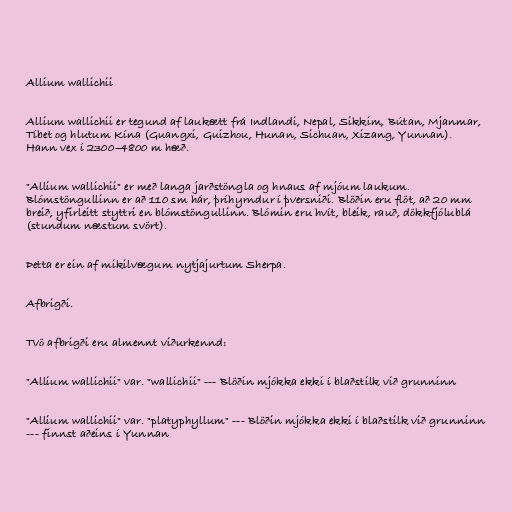
Allium wallichii

Allium wallichii er tegund af laukætt frá Indlandi, Nepal, Sikkim, Bútan, Mjanmar,
Tíbet og hlutum Kína (Guangxi, Guizhou, Hunan, Sichuan, Xizang, Yunnan).
Hann vex í 2300–4800 m hæð.

"Allium wallichii" er með langa jarðstöngla og hnaus af mjóum laukum.
Blómstöngullinn er að 110 sm hár, þríhyrndur í þversniði. Blöðin eru flöt, að 20 mm
breið, yfirleitt styttri en blómstöngullinn. Blómin eru hvít, bleik, rauð, dökkfjólublá
(stundum næstum svört).

Þetta er ein af mikilvægum nytjajurtum Sherpa.

Afbrigði.

Tvö afbrigði eru almennt viðurkennd:

"Allium wallichii" var. "wallichii" --- Blöðin mjókka ekki í blaðstilk við grunninn

"Allium wallichii" var. "platyphyllum" --- Blöðin mjókka ekki í blaðstilk við grunninn
--- finnst aðeins í Yunnan